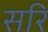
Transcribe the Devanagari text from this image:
सरि